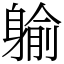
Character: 䠼